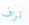
نزف